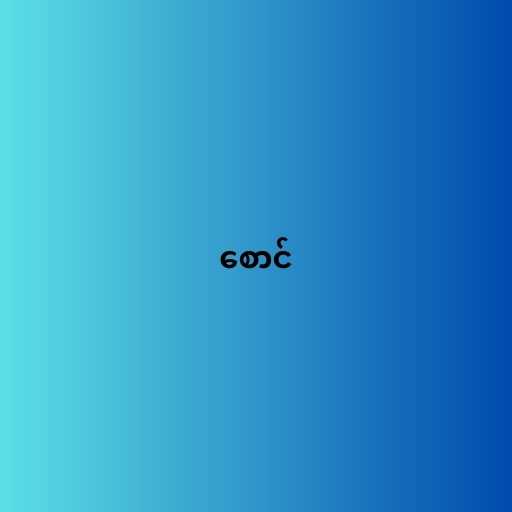
စောင်